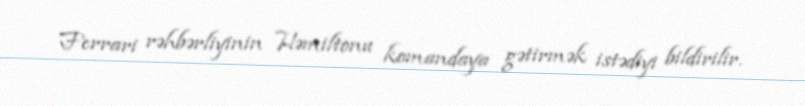
Ferrari rəhbərliyinin Həmiltonu komandaya gətirmək istədiyi bildirilir.